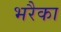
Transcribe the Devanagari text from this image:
भरैका